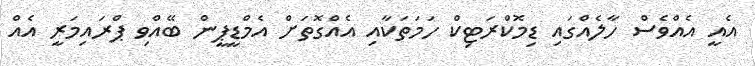
އެއީ އެއްވެސް ހާލެއްގައި ޑިމޮކްރަޓިކް ހަމަތަކާއި އެއްގޮތަށް އެމްޑީޕީން ބޭއްވި ޕްރައިމަރީ އެއް